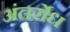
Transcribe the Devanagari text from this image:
अंतर्रोध